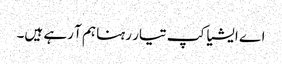
اے ایشیا کپ تیار رہنا ہم آ رہے ہیں۔